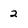
Character: 2